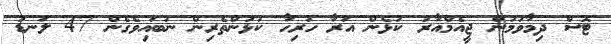
ޓޮސް ދިމާވުމުން ޖީއެމްއާރު ކުޅެން އަރާ ހުރިހާ ކުޅުންތެރިން ނުބައިވެގެން 47 ލަނޑު